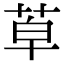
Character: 𦯑